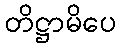
တိဋ္ဌာမိပေ